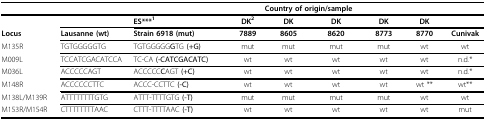
<table><thead><tr><td></td><td></td><td colspan="7"><b>Country of origin/sample</b></td></tr></thead><tbody><tr><td></td><td></td><td><b>ES***<sup>1</sup></b></td><td><b>DK<sup>2</sup></b></td><td><b>DK</b></td><td><b>DK</b></td><td><b>DK</b></td><td><b>DK</b></td><td></td></tr><tr><td><b>Locus</b></td><td><b>Lausanne (wt)</b></td><td><b>Strain 6918 (mut)</b></td><td><b>7889</b></td><td><b>8605</b></td><td><b>8620</b></td><td><b>8773</b></td><td><b>8770</b></td><td><b>Cunivak</b></td></tr><tr><td>M135R</td><td>TGTGGGGGTG</td><td>TGTGGGGG<b>G</b>TG <b>(+G)</b></td><td>mut</td><td>mut</td><td>mut</td><td>mut</td><td>wt</td><td>wt</td></tr><tr><td>M009L</td><td>TCCATCGACATCCA</td><td>TC-CA <b>(-CATCGACATC)</b></td><td>wt</td><td>wt</td><td>wt</td><td>wt</td><td>wt</td><td>n.d.*</td></tr><tr><td>M036L</td><td>ACCCCCAGT</td><td>ACCCCC<b>C</b>AGT <b>(+C)</b></td><td>wt</td><td>wt</td><td>wt</td><td>wt</td><td>wt</td><td>n.d.*</td></tr><tr><td>M148R</td><td>ACCCCCCTTC</td><td>ACCC-CCTTC <b>(-C)</b></td><td>wt</td><td>wt</td><td>wt</td><td>wt</td><td>wt **</td><td>wt**</td></tr><tr><td>M138L/M139R</td><td>ATTTTTTTTGTG</td><td>ATTT-TTTTGTG <b>(-T)</b></td><td>mut</td><td>mut</td><td>mut</td><td>mut</td><td>wt</td><td>wt</td></tr><tr><td>M153R/M154R</td><td>CTTTTTTTTAAC</td><td>CTTT-TTTTAAC <b>(-T)</b></td><td>wt</td><td>wt</td><td>wt</td><td>wt</td><td>wt</td><td>mut</td></tr></tbody></table>